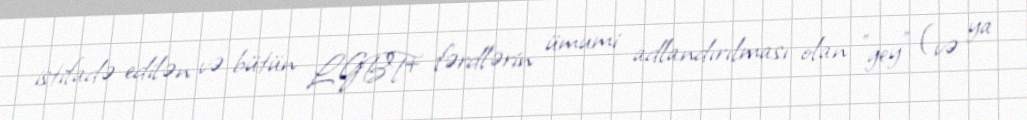
istifadə edilən və bütün LGBT+ fərdlərin ümumi adlandırılması olan "gey" (və ya